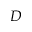
D